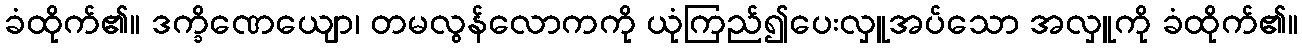
ခံထိုက်၏။ ဒက္ခိဏေယျော၊ တမလွန်လောကကို ယုံကြည်၍ပေးလှူအပ်သော အလှူကို ခံထိုက်၏။